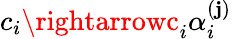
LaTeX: c_{i}\rightarrowc_{i}\alpha_{i}^{(\mathbf{j})}